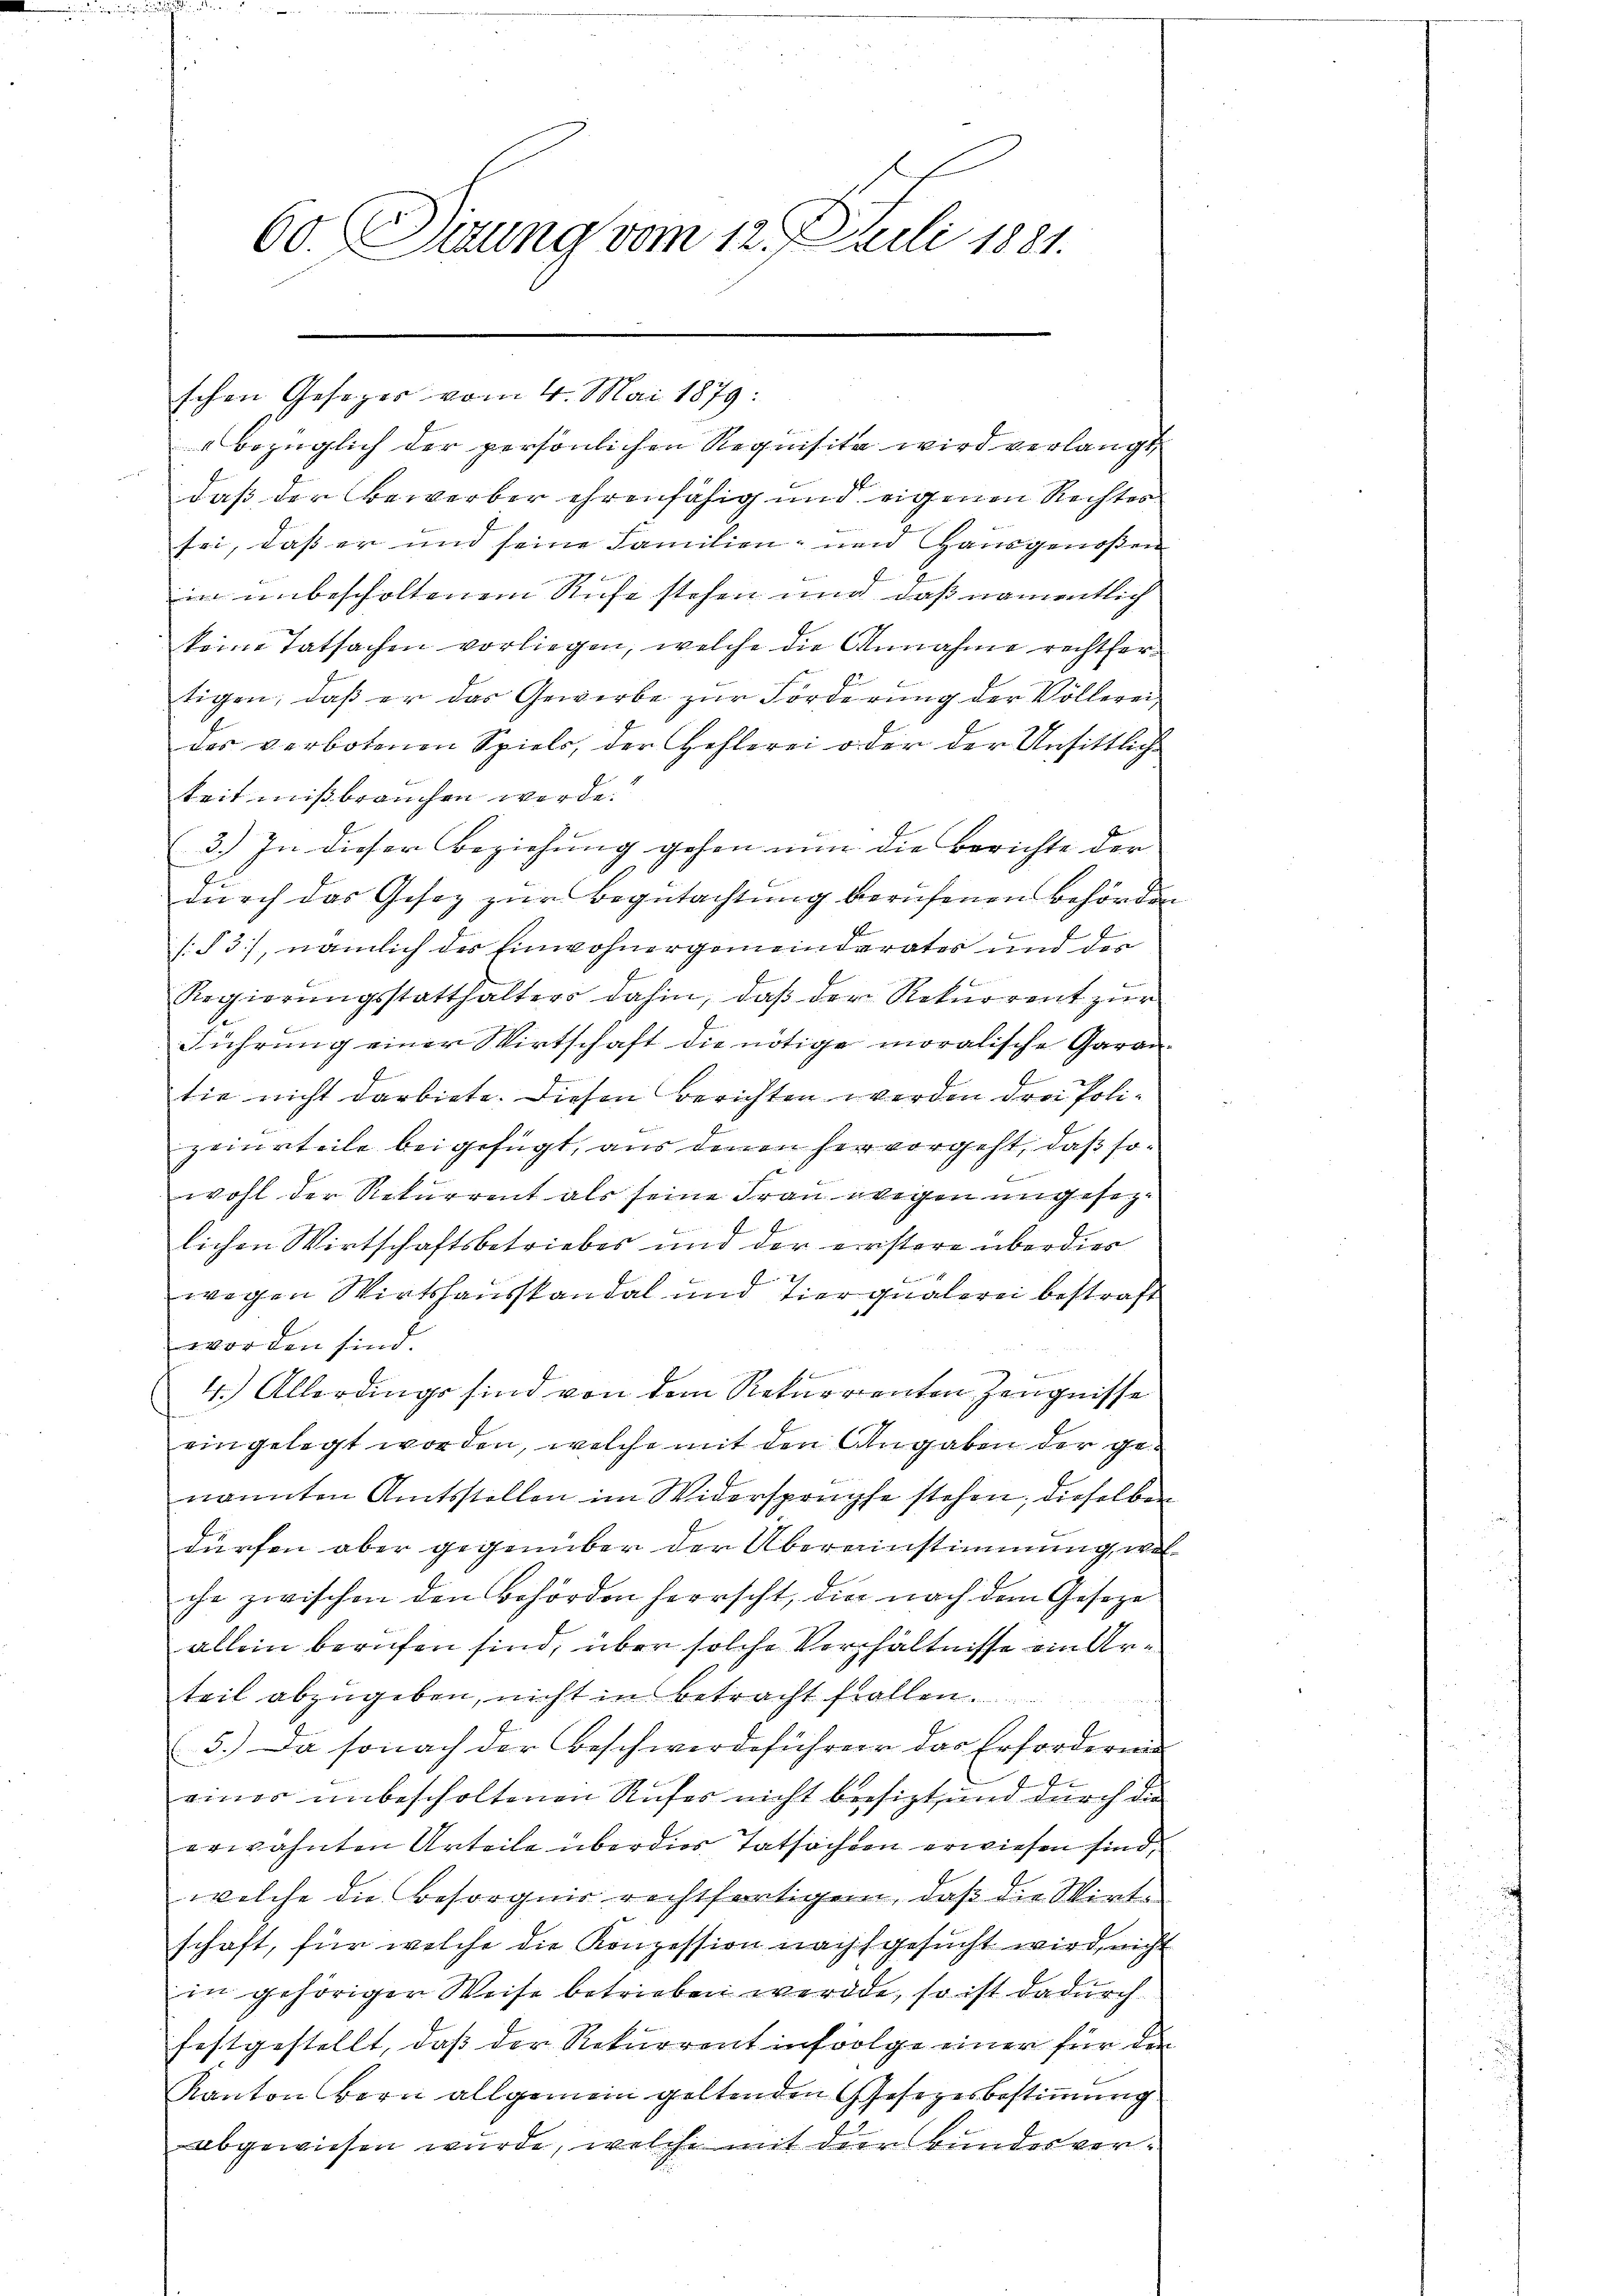
60. Suzung vom 12. Juli 1881.

schen Gesezes vom 4. Mai 1879:
bezüglich der persönlichen Requisita wird verlangt
f
daß der Bewerber ehrenfähig und eigenen Rechtes
sei, daß er und seine Familien- und Hausgenoßen
in unbescholtenem Rufe stehen und daß namentlich
keine Tatsachen vorliegen, welche die Annahme rechtfertigen, daβ er das Gewerbe zŭr Förderŭng der Völlerei-
des verbotenen Spiels, der Hehlerei oder der Unsittlich
keit mißbrauchen werde.
3.) In dieser Beziehung gehen nun die Berichte der
durch das Gesez zur Begutachtung berufenen Behörden
s. 3), nämlich des Einwohnergemeinderater und der
Regierŭngsstatthalters dahin, daβ der Rekurrent zŭr
Führung einer Wirtschaft die nötige moralische Garan¬
E
tie nicht darbiete. Diesen Berichten werden drei Polizeiurteile beigefügt, aus denen her vorgeht, daß sowohl der Rekurrent als seine Frau wegen ungesezlichen Wirtschaftsbetriebes und der erristere überdies
2
wegen Wirtshauskandal und tier qualerei bestraft
worden sind.

4.) Allerdings sind von dem Rekurrenten Zeugnisse
eingelegt worden, welche mit den Angaben der genannten Amtsstellen im Widersprüche stehen, dieselben
dürfen aber gegenüber der Übereinstimmung, welche zwischen den Behörden herrscht, die nach dem Geseze
allein berufen sind, über solche Verhältnisse in Arteil abzugeben, nicht ins betracht fallen.
5.) Da sonach der Beschwerdeführer das Erforderung
einer unbescholtenen Rufes nicht besizt, und durch die
erwähnten Urteile über dies Tatsachten erwiesen sind,
welche die Besorgnis rechtfertigen, daß die Wirt
schaft, für welche die Konzession nachgesucht wird, nicht
in gehöriger Weise betrieben werde, so ist dadurch
festgestellt, daß der Rekurrent infolge einer für die
Kanton Bern allgemein geltenden Gesetzesbestimmung
abgewiesen wurde, welche mit der Bundesver¬